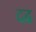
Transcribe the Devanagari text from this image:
दढ